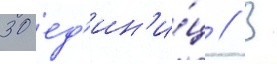
30 ед'ин'и́ц // В